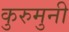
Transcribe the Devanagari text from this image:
कुरुमुनी